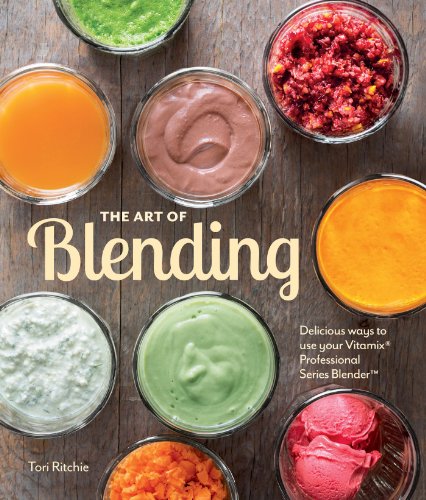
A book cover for The Art of Blending: Delicious ways to use your VitamixÂ® Professional Series(TM) Blender; Tori Ritchie; Cookbooks, Food & Wine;